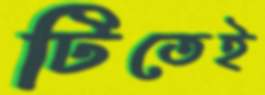
টিতেই